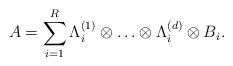
LaTeX: \begin{align*}A = \sum_{i=1}^{R} \Lambda^{(1)}_i \otimes \hdots \otimes \Lambda^{(d)}_i \otimes B_i. \end{align*}